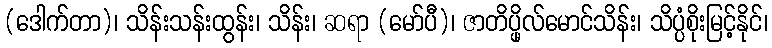
(ဒေါက်တာ)၊ သိန်းသန်းထွန်း၊ သိန်း၊ ဆရာ (မော်ပီ)၊ ဇာတိပ္ဖိုလ်မောင်သိန်း၊ သိပ္ပံစိုးမြင့်နိုင်၊